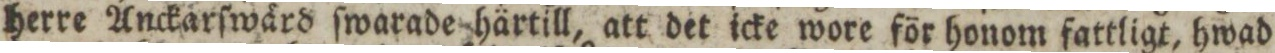
herre Anckarſwärd ſwarade härtill, att det icke wore för honom fattligt, hwad